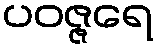
ပဝဇ္ဇရေ